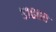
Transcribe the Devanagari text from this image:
५१०००